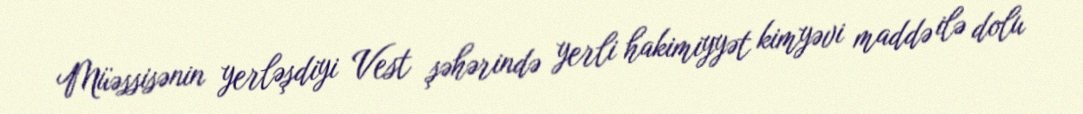
Müəssisənin yerləşdiyi Vest şəhərində yerli hakimiyyət kimyəvi maddə ilə dolu